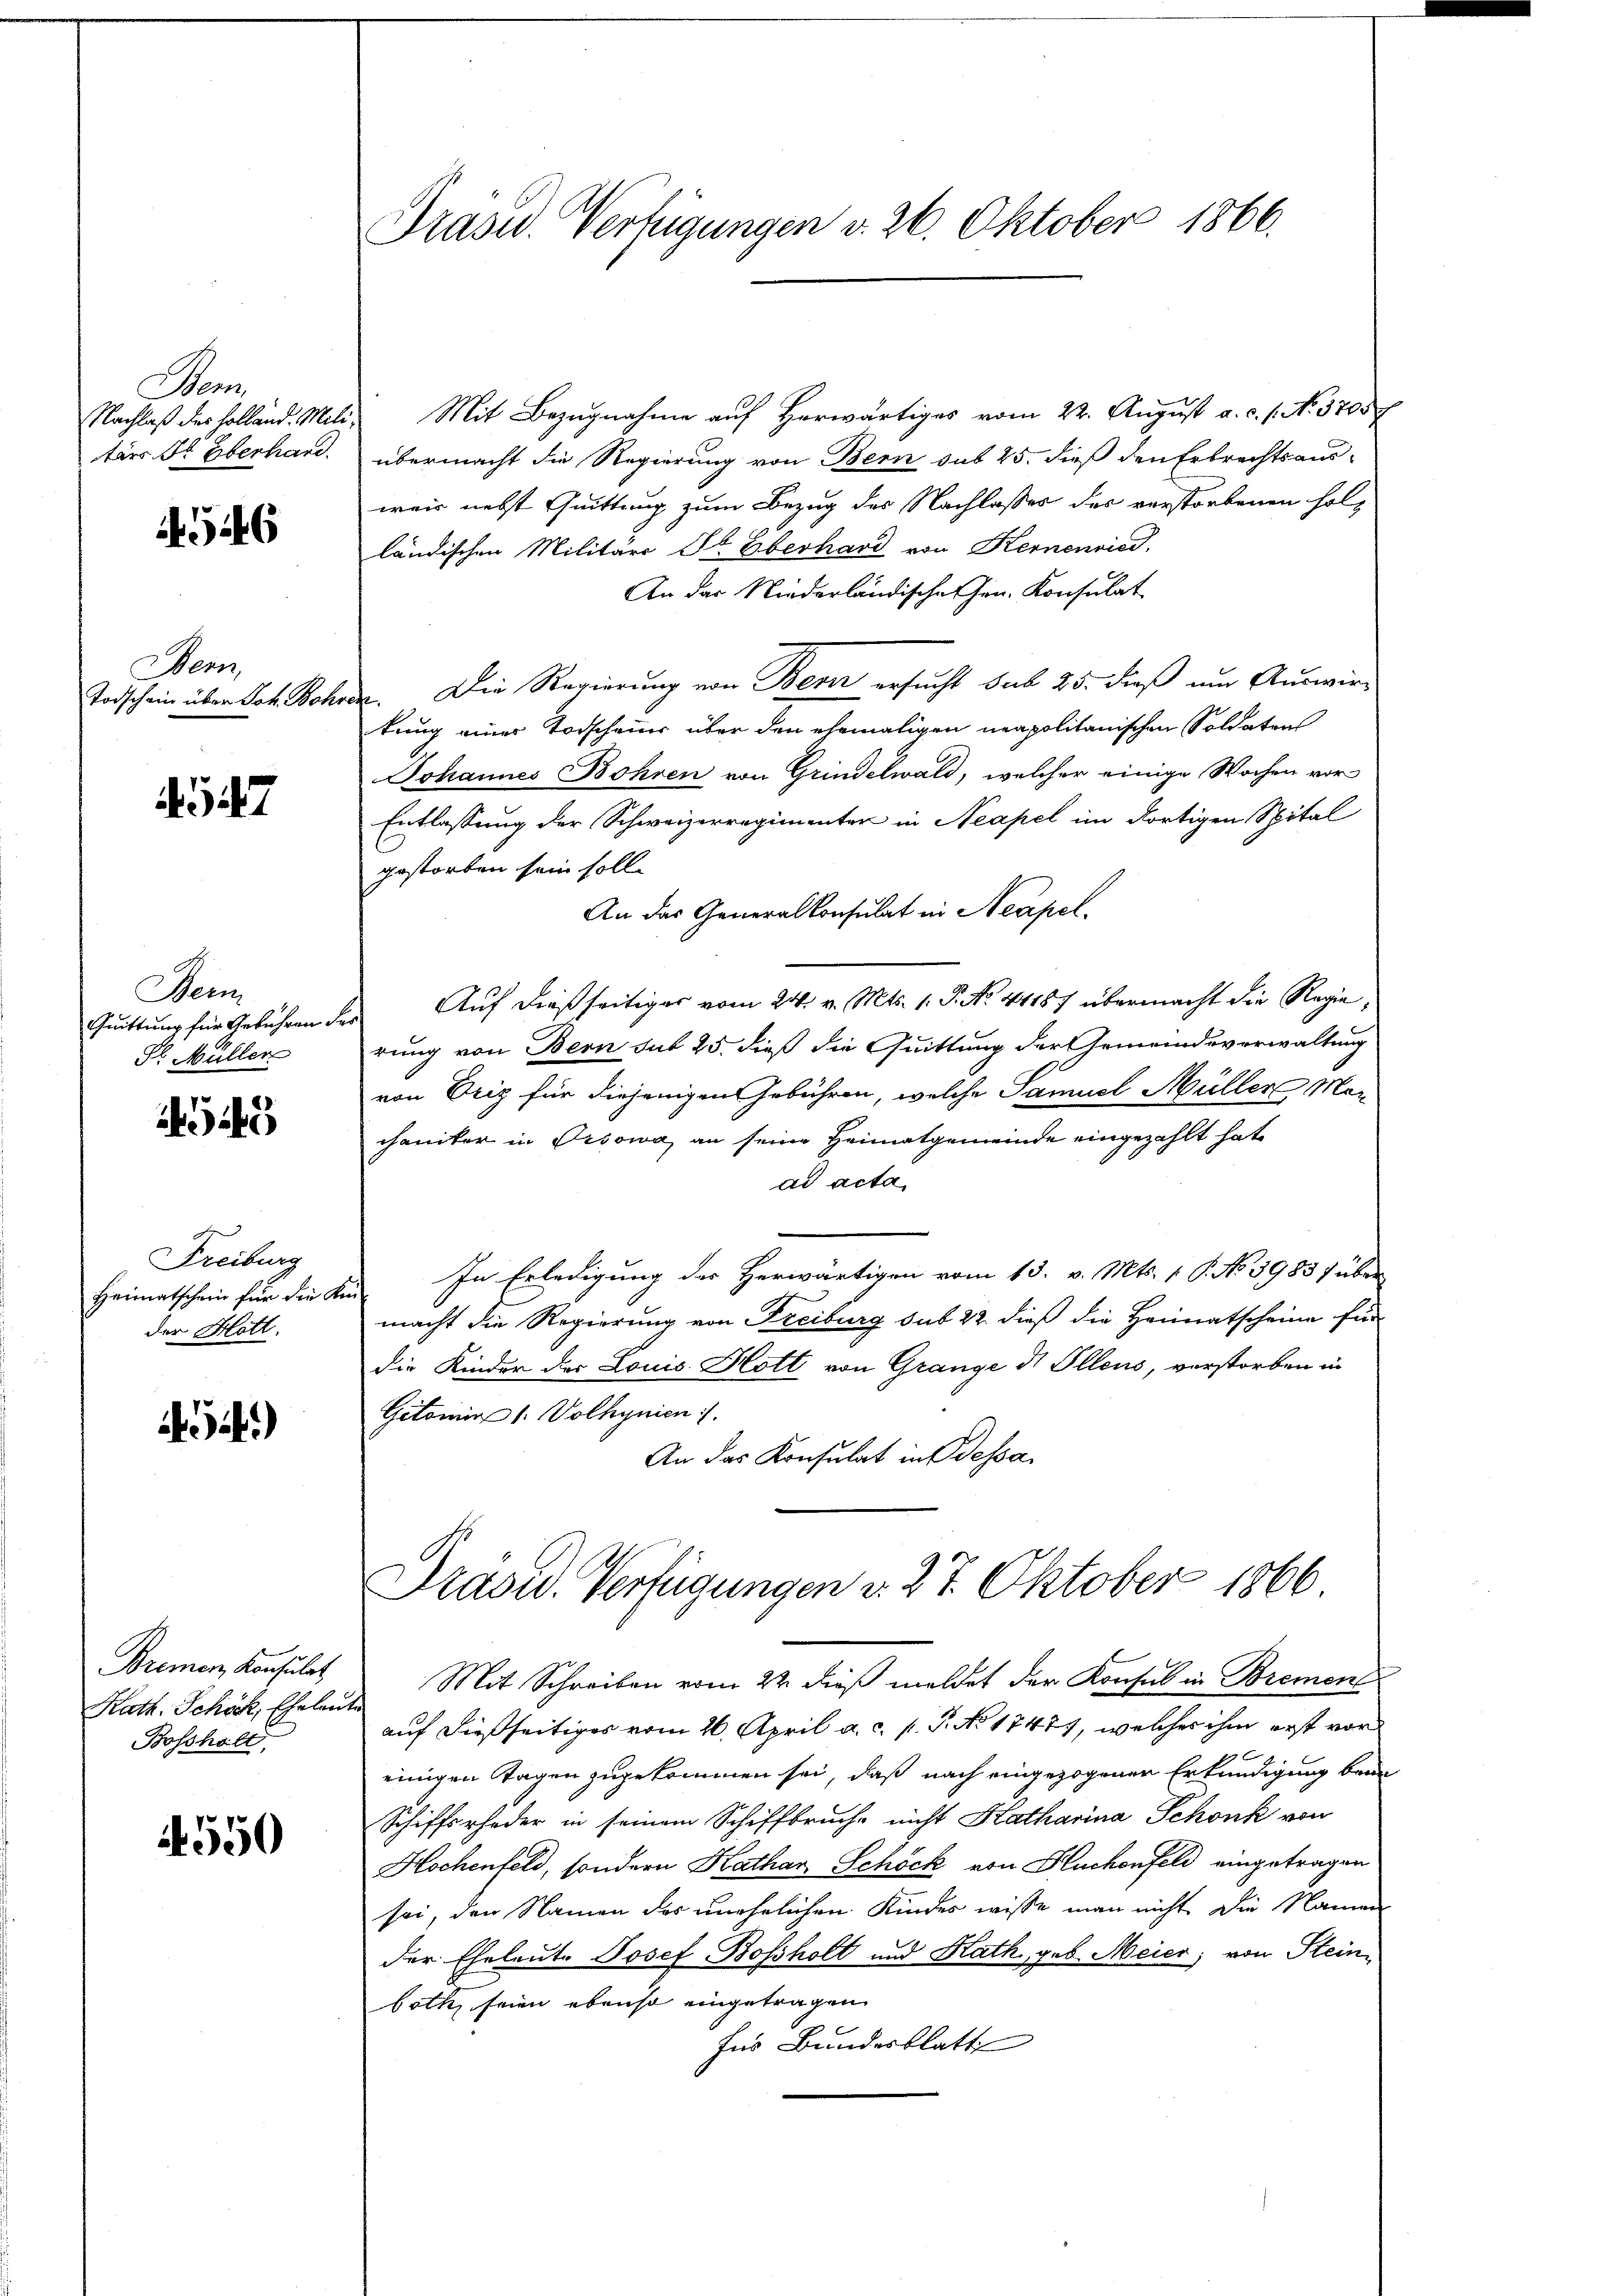
Nen
tärs Dr. Eberhand

546

Wen

47

Nein
Quittung für Gebühren
Sl. Müller

549

Freiburg
Heimatschein für die Reder Hott.

44)

Bremen Konsulat
Kath. Schöck, Eheleut
Bosshalt

550

Nachlaβ der Holland. Mili, Mit Bezŭgnahme aŭf herwärtiges vom 22. August a. c. s. No. 3705 f
übermacht die Regierung von Bern sub 25. dieß den Erbrechtsausweis nebst Quittung zum Bezug des Nachlasses des verstorbenen Holz
ländischen Militärs Sr. Eberhard von Kernenried,
An das Niederländische Gen. Konsulat
Todschein über Joh. Bohren. Die Regierung von Bern ersucht sub 25. dieß um Auswir-
kung einer Todschauer über den ehemaligen neapolitanischen Soldatens
Johannes Bohren von Grindelwald, welcher einige Wochen vor
Entlassung der Schweizerregimenter in Neapel im dortigen Spital
gestorben sein soll.
An das Generalkonsulat in Neapel.
Auf dießseitiger vom 24. v. Mts. 1. P. No. 41187 übermacht die Regie
o
rung von Bern sub 25. dieß die Quittung der Gemeindsverwaltung
von Friz für diejenigen Gebühren, welche Samuel Müller Mar
chaniker in Orsowa an seine Heimatgemeinde eingezahlt hat
ad acta
2. In Erledigung der Herwärtigen vom 15. v. Mts. v. P. No. 1983) über
macht die Regierung von Freiburg sub 22. dieß die Heimatscheine für
die Kinder der Louis Hott von Grange di Ellens, verstorben in
Gitomie 1. Volhynien.
An das Konsulat in Bessa

Trasid. Verfügungen v. 26. Oktober 1866.

Präsid. Verfügungen v. 27. Oktober 1866.

Mit Schreiben vom 22. dieß meldet der Konsul in Brement
t
auf dießseitiges vom 26. April a. c. p. P. No 1747, welches ihm erst vor
einigen Tagen zugekommen sei, daß nach eingezogenen Erkundigung bei
Schiffsrheder in seinem Schiffbruche nicht Hatharina Schönk von
Hochenfeld, sondern Kathar. Schöck von Huchenfeld eingetragen
sei, den Namen des unehelichen Kindes wisse man nicht die Namen
der Eheleute Josef Bossholt und Kath. geb. Meier, von Steinboth, seien ebenso eingetragen
füs Bundesblatt